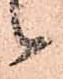
候